Civil Veterinary Dept. Assam report 1927-50 - 1927-1950
Year: 1927
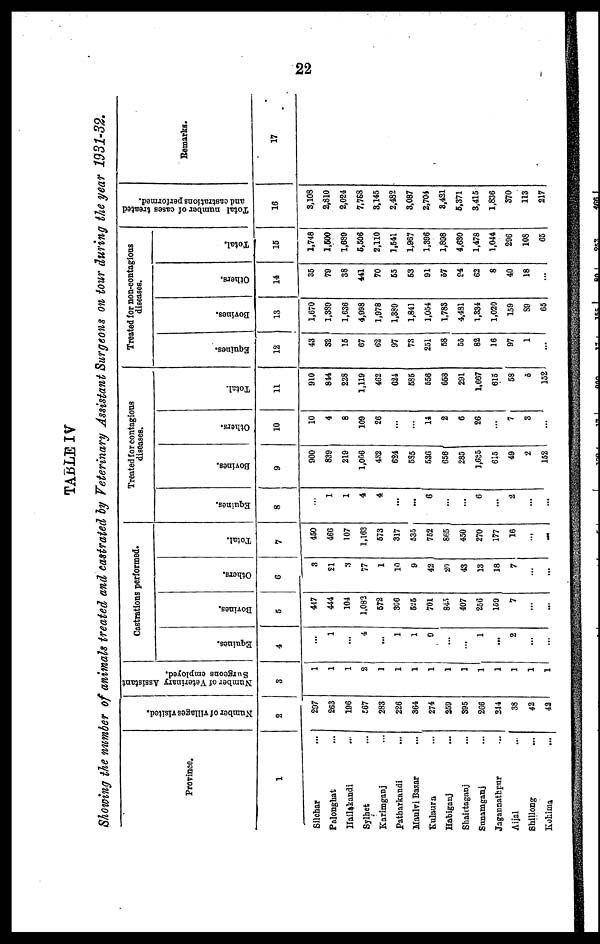
22
TABLE IV
Showing ike number of animals treated and castrated by Veterinary Assistant Surgeons on tour during the year 1931-32,
Province.
1
Silchar ...
Palonghat ...
Hailakandi ...
Sylhet ...
Karimganj ...
Patharkandi ...
Haulri Bazar ...
Kulaura ...
Habiganj ...
Shai.tagnDj ...
Snnamganj ...
Jagannathpur ...
Aijal ...
Shillong ...
Kohima ...
Number of villages visited.
2
207
263
196
567
283
226
364
274
259
895
266
244
38
42
43
Number of Veterinary Assistant
Surgeons employed.
3
1
1
1
2
1
1
1
1
1
1
1
1
1
1
1
Castrations performed.
Equines.
4
…
1
...
4
...
1
1
9
…
...
1
...
2
…
…
Bovines.
5
417
444
104
1,082
672
366
525
701
845.
407
250
160
7
…
...
Others.
6
3
21
3
77
1
10
9
42
29
43
13
18
7
…
...
Total.
7
450
466
107
1,163
673
317
535
752
865
450
270
177
16
…
...
Treated for contagious
diseases.
Equines.
8
…
1
1
4
4
...
...
6
…
…
6
…
2
…
...
Bovines,
9
900
839
219
1,066
482
624
585
636
656
285
1,635
615
49
2
152
Others.
10
10
4
8
109
26
…
…
14
2
6
26
…
7
3
…
Total.
11
910
814
228
1,119
462
624
585
556
063
291
1,667
615
58
6
152
Treated for non-contagious
diseases.
Equines.
12
43
32
15
67
62
97
73
251
68
55
82
16
97
1
…
Bovines.
13
1,670
1,339
1,636
4,998
1,978
1,389
1,841
1,054
1,783
4,431
1,334
1,020
159
89
65
Others.
14
35
79
38
441
70
65
63
91
67
84
62
8
40
18
…
Total.
15
1,748
1,500
1,639
5,506
2,110
1,641
1,967
1,396
1,898
4,630
1,478
1,044
296
108
65
Total number of cases treated
and castrations performed.
16
8,108
2,810
2,024
7,768
3,145
2,482
3,087
2,704
3,421
5,371
3,415
1,836
370
113
217
Remarks.
17